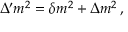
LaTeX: \Delta ^ { \prime } m ^ { 2 } = \delta m ^ { 2 } + \Delta m ^ { 2 } \, ,